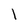
Character: l